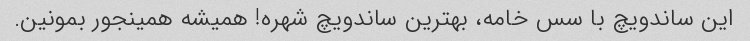
این ساندویچ با سس خامه، بهترین ساندویچ شهره! همیشه همینجور بمونین.